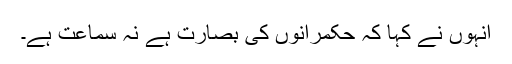
انہوں نے کہا کہ حکمرانوں کی بصارت ہے نہ سماعت ہے۔